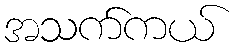
အသက်ကယ်